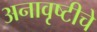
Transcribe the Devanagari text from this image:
अनावृष्टीचे